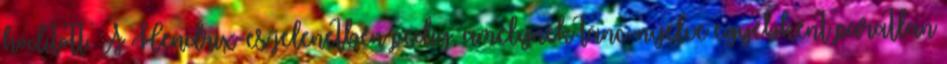
hódított. A Hendrix-es jelenetben pedig, amelynek tánc-nyelve egyébként páratlan